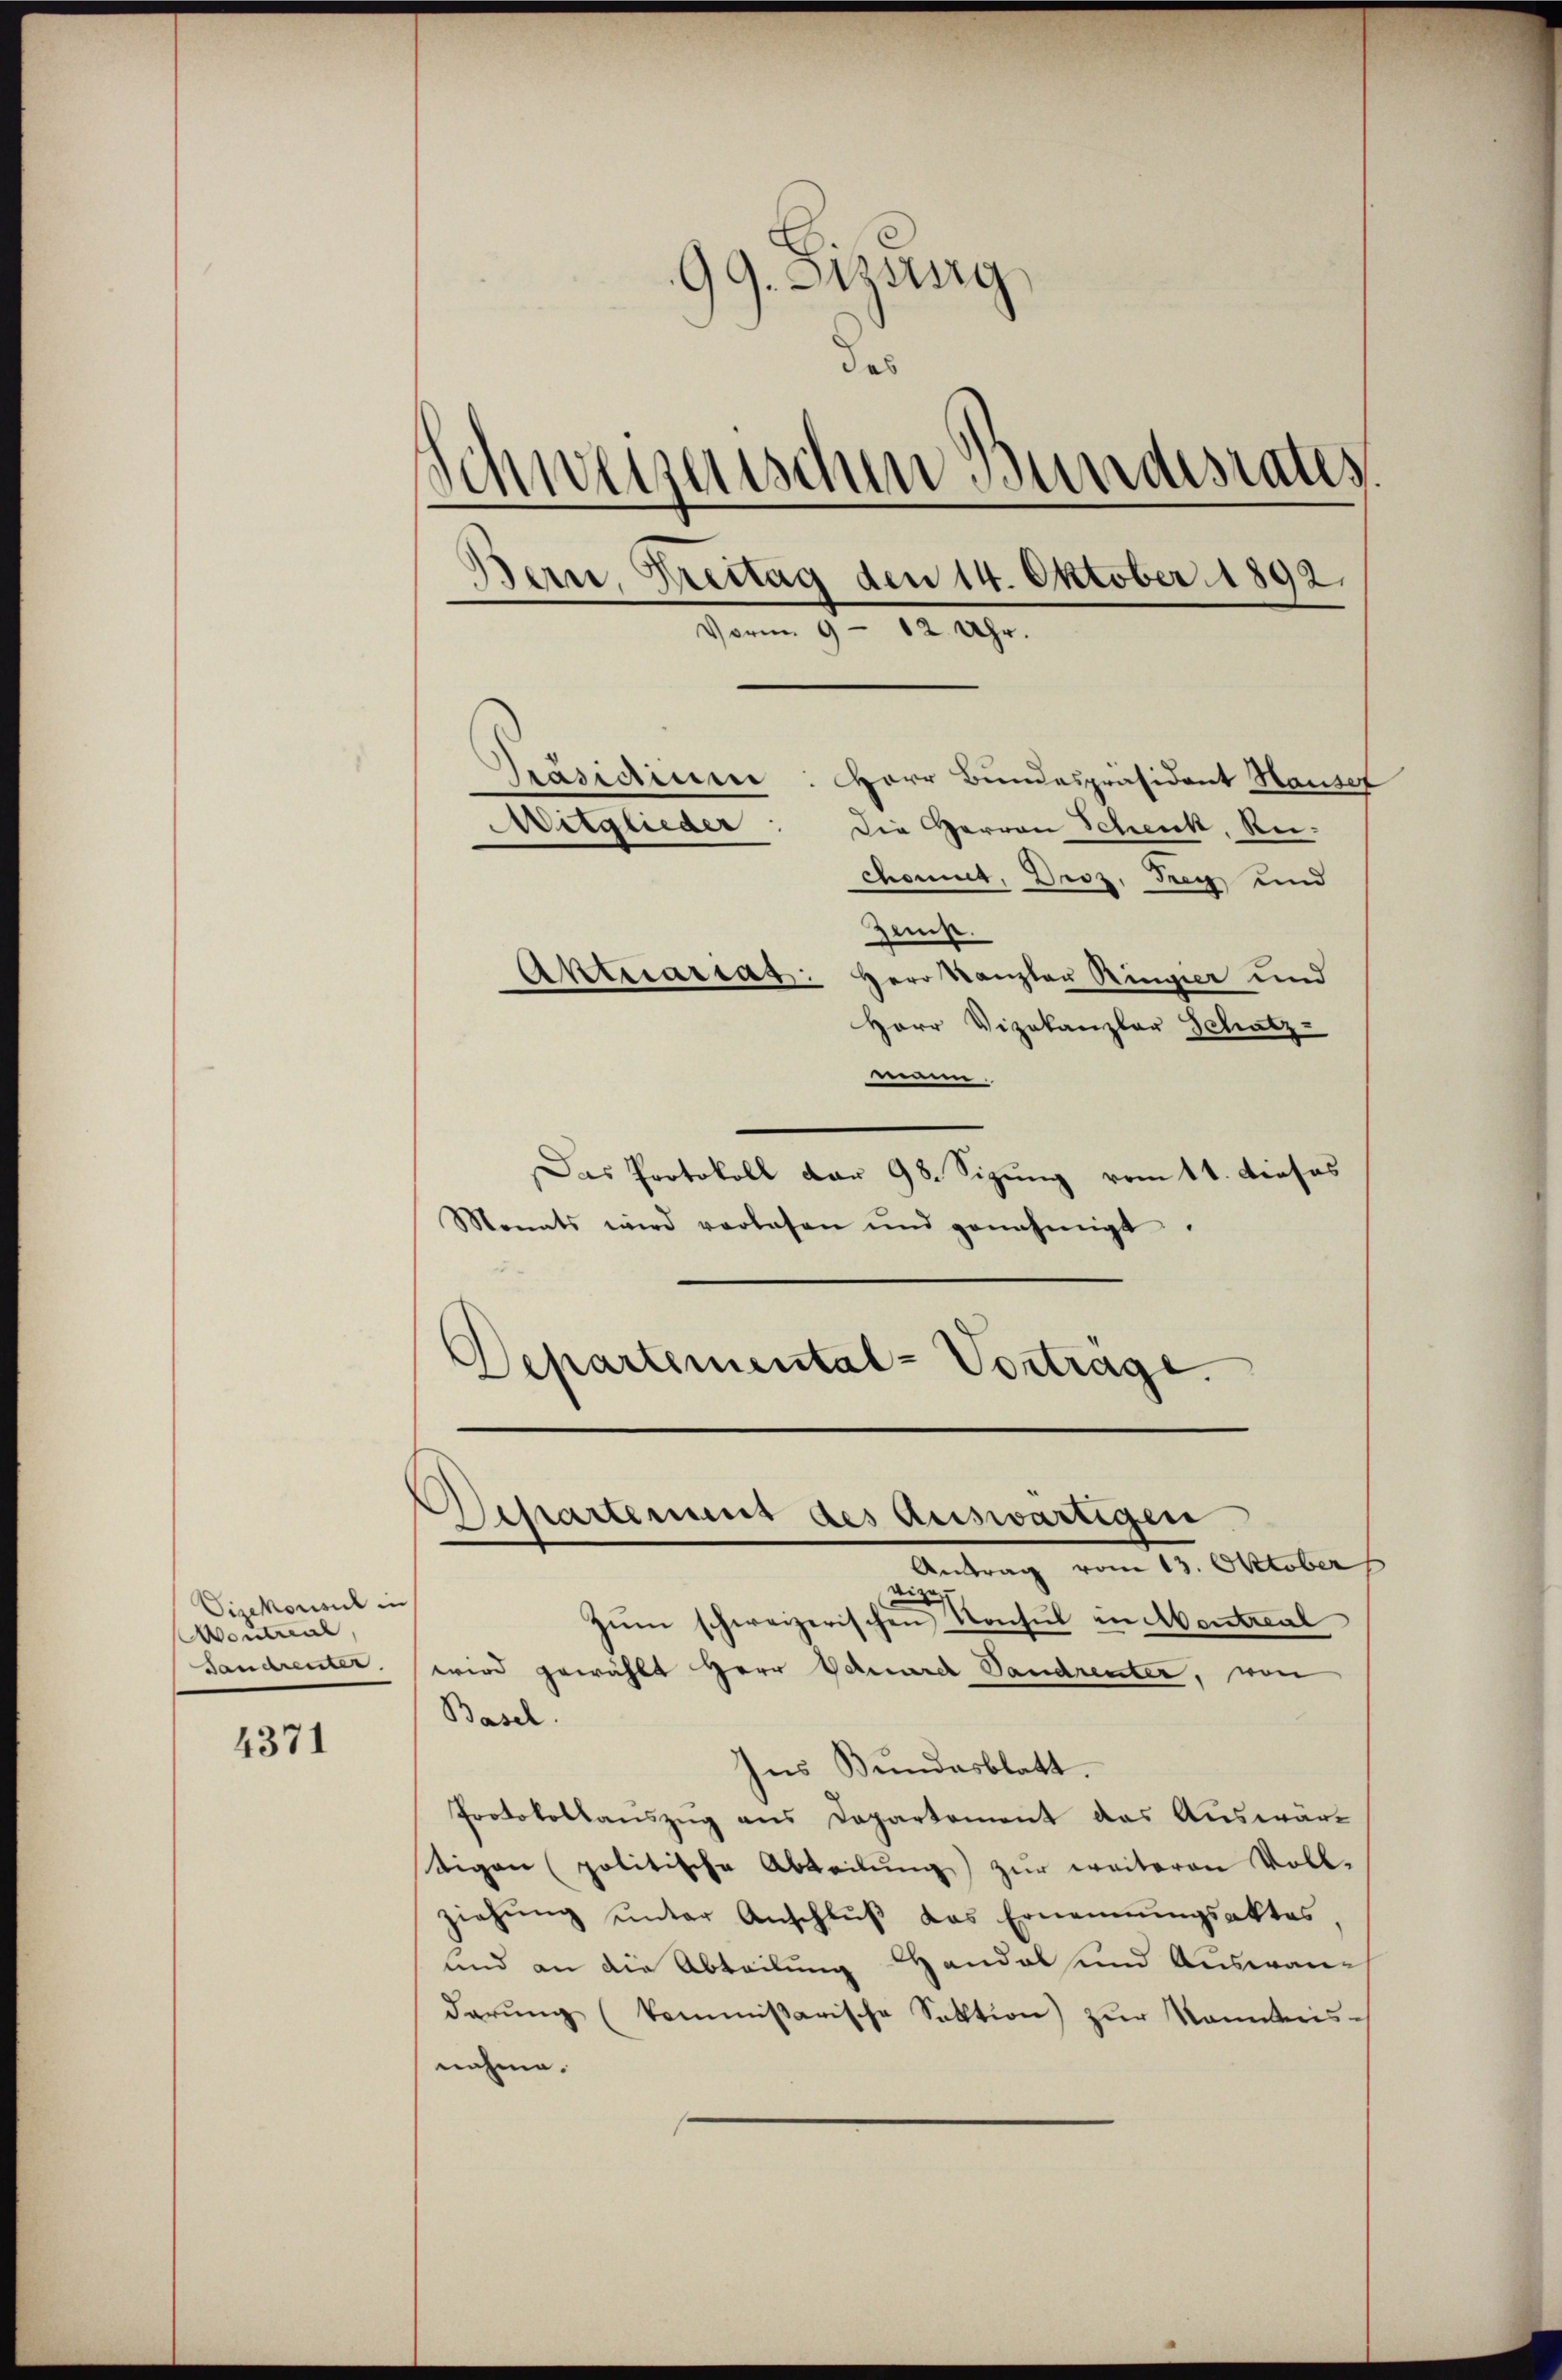
Vicekonsul in
Neumal,
Sandrenter

4371

99. Setzung
des
tischen Bundesrates.
Schwer
Bern, Breitag den 14. Oktober 1892.
Vorm. 9 - 12 Uhr.
Präsidium: Herr Bundespräsident Hauser
Mitglieder
Die Herren Schenk, Reichomut, Droz, Frey und

Zems.
Aktuariat. Herr Kanzler Ringier und
Herr Vizekanzler Schatz-
munn
Das Protokoll dar 98. Sizung vom 11. dieses
Monats wird verlesen und genehmigt.
Departemental-Vortrage.

Departement des Auswärtigen
Antrag vom 13. Oktober
aige

zŭm schweizerischen Konsul in Montreal
wird gewählt Herr Bahnarch Vandrenter, von
Basel.
Ins Bundesblatt.
Protokollauszug aus Departement das Auswärtigen (politische Abteilŭng zur weiteren Voll-
ziehŭng ŭnter Anschlŭβ das Ernennungsaktes
und an die Abteilung Handel und Auswandarŭng kommissarische Sektion zŭr Kenntnis-
nahme.